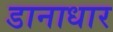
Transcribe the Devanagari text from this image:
डानाधार